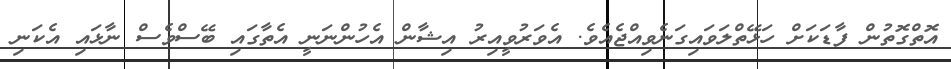
އޮތްގޮތުން ފާޑަކަށް ހަޅޭތްލަވައިގަނެވިއްޖެއެވެ. އެވަރުވީއިރު އިޝާން އެހުންނަނީ އެތާގައި ބޭސްވެސް ނާޅައި އެކަނި